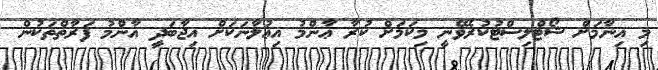
މި އިނާމަށް ޝޯޓްލިސްޓުކުރެވޭނީ މިކަމަށް ކުރާ ޢާންމު އިޢުލާނަކަށް އިޖާބަދީ އާންމު ފަރާތްތަކުން